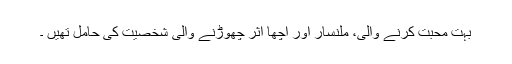
بہت محبت کرنے والی، ملنسار اور اچھا اثر چھوڑنے والی شخصیت کی حامل تھیں ۔